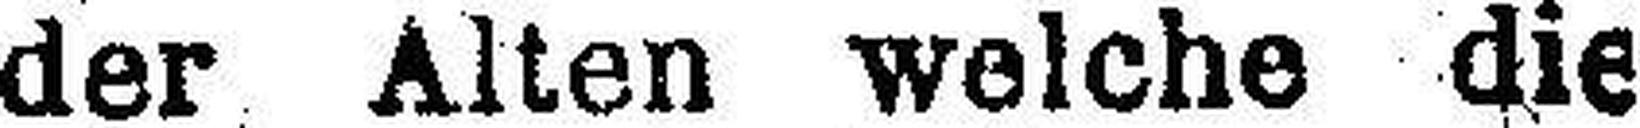
der Alten welche die